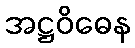
အဋ္ဌဝိဓေန